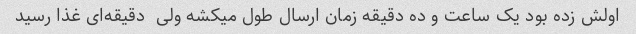
اولش زده بود یک ساعت و ده دقیقه زمان ارسال طول میکشه ولی  دقیقه‌ای غذا رسید